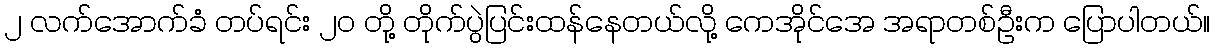
၂ လက်အောက်ခံ တပ်ရင်း ၂၀ တို့ တိုက်ပွဲပြင်းထန်နေတယ်လို့ ကေအိုင်အေ အရာတစ်ဦးက ပြောပါတယ်။